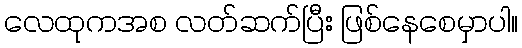
လေထုကအစ လတ်ဆက်ပြီး ဖြစ်နေစေမှာပါ။